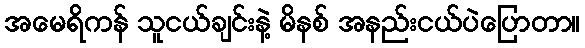
အမေရိကန် သူငယ်ချင်းနဲ့ မိနစ် အနည်းငယ်ပဲပြောတာ။